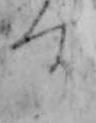
す